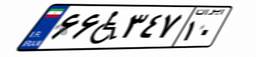
۰۸W۶۱۹۳۶